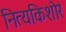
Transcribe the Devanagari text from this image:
नित्यकिशोर